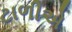
ટાળીએ